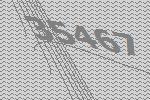
35467